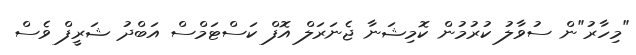
"މިހާރު"ން ސުވާލު ކުރުމުން ކޮމިޝަނާ ޖެނަރަލް އޮފް ކަސްޓަމްސް އަބްދު ޝަރީފް ވެސް